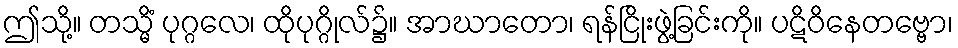
ဤသို့။ တသ္မိံ ပုဂ္ဂလေ၊ ထိုပုဂ္ဂိုလ်၌။ အာဃာတော၊ ရန်ငြိုးဖွဲ့ခြင်းကို။ ပဋိဝိနေတဗ္ဗော၊